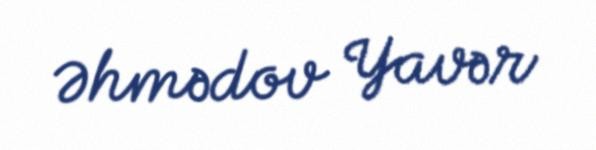
Əhmədov Yavər